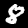
Label: 8